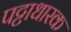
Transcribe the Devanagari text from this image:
पट्टाधारक